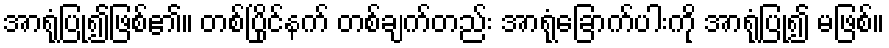
အာရုံပြု၍ဖြစ်၏။ တစ်ပြိုင်နက် တစ်ချက်တည်း အာရုံခြောက်ပါးကို အာရုံပြု၍ မဖြစ်။